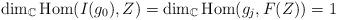
LaTeX: \begin{align*}\dim_\mathbb{C}\mathrm{Hom}(I(g_0),Z)=\dim_\mathbb{C}\mathrm{Hom}(g_j,F(Z))=1\end{align*}